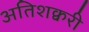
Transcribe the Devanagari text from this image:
अतिशक्वरी